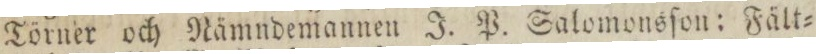
Törner och Nämndemannen J. P. Salomonsſon: Fält=